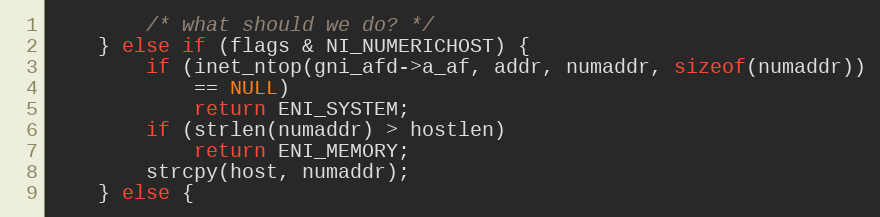
Language: C
        /* what should we do? */
    } else if (flags & NI_NUMERICHOST) {
        if (inet_ntop(gni_afd->a_af, addr, numaddr, sizeof(numaddr))
            == NULL)
            return ENI_SYSTEM;
        if (strlen(numaddr) > hostlen)
            return ENI_MEMORY;
        strcpy(host, numaddr);
    } else {